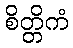
စိတ္တိကံ